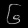
Digit: ၆